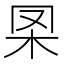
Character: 𣏷